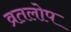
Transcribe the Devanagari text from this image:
व्रतलोप